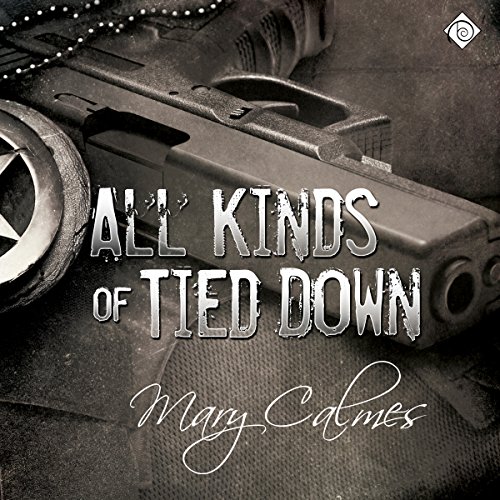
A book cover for All Kinds of Tied Down; Mary Calmes; Romance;